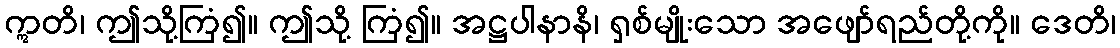
ဣတိ၊ ဤသို့ကြံ၍။ ဤသို့ ကြံ၍။ အဋ္ဌပါနာနိ၊ ရှစ်မျိုးသော အဖျော်ရည်တို့ကို။ ဒေတိ၊